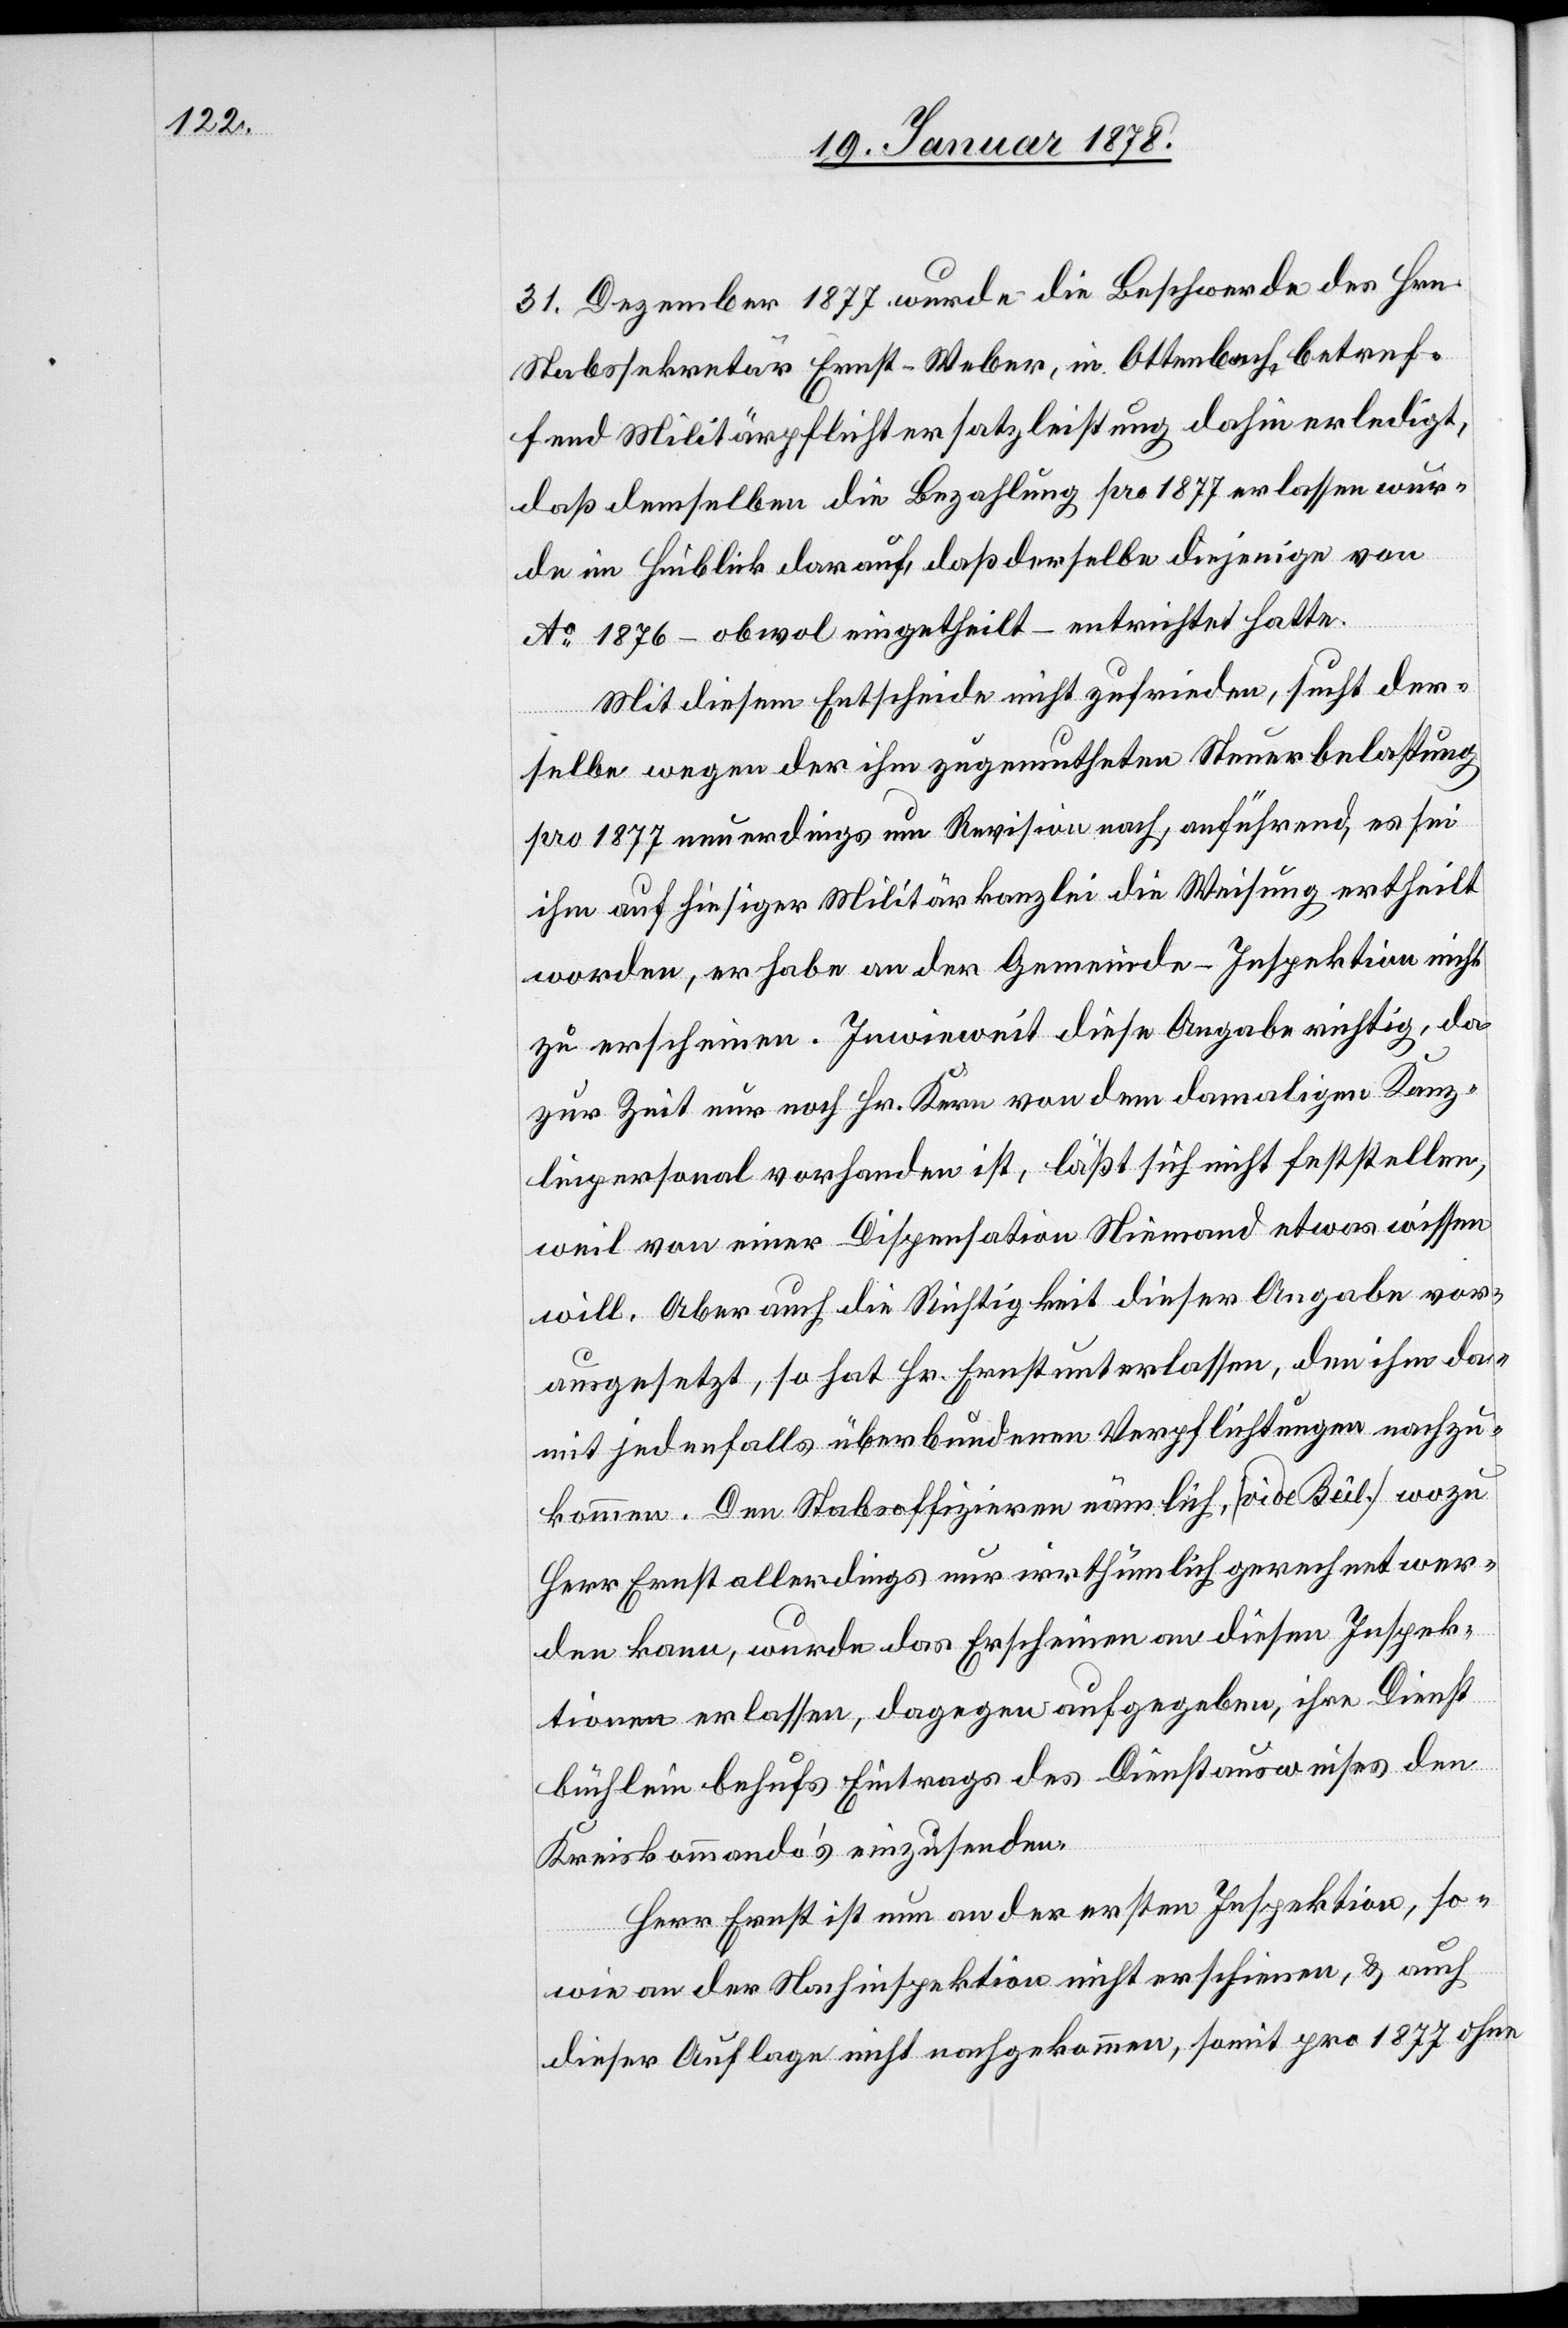
31. Dezember 1877. wurde die Beschwerde des Hrn.
Stabssekretär Ernst-Weber, in Ottenbach, betref¬
fend Militärpflichtersatzleistung dahin erledigt,
daß demselben die Bezahlung pro 1877 erlassen wur¬
de im Hinblick darauf, daß derselbe diejenige von
Ao 1876 – obwohl eingetheilt – entrichtet hatte.
Mit diesem Entscheide nicht zufrieden, sucht der¬
selbe wegen der ihm zugemutheten Steuerbelastung
pro 1877 neuerdings um Revision nach, anführend, es sei
ihm auf hiesiger Militärkanzlei die Weisung ertheilt
worden, er habe an den Gemeinde-Inspektionen nicht
zu erscheinen. Inwieweit diese Angabe richtig, da
zur Zeit nur noch Hr. Kern von dem damaligen Kanz¬
leipersonal vorhanden ist, läßt sich nicht feststellen,
weil von einer Dispensation Niemand etwas wissen
will. Aber auch die Richtigkeit dieser Angaben vor¬
ausgesetzt, so hat Hr. Ernst unterlassen, den ihm da¬
mit jedenfalls überbundenen Verpflichtungen nachzu¬
kommen. Den Stabsoffizieren nämlich (vide Beil.) wozu
Herr Ernst allerdings nur irrthümlich gerechnet wer¬
den kann, wurde das Erscheinen an diesen Inspek¬
tionen erlassen, dagegen aufgegeben, ihre Dienst¬
büchlein behufs Eintrags des Dienstausweises den
Kreiskommando’s einzusenden.
Herr Ernst ist nun an der ersten Inspektion, so¬
wie an der Nachinspektion nicht erschienen, & auch
dieser Auflage nicht nachgekommen, somit pro 1877 ohne